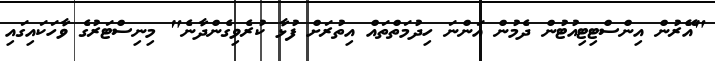
"އޭރުން އިންސްޓިޓިއުޓުން ދެމުން އަންނަ ހިދުމަތްތައް އިތުރަށް ފުޅާ ކުރެވިގެންދާނެ" މިނިސްޓަރުގެ ވާހަކައިގައި